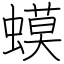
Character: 蟆